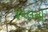
રૂપલનો